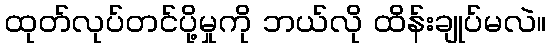
ထုတ်လုပ်တင်ပို့မှုကို ဘယ်လို ထိန်းချုပ်မလဲ။